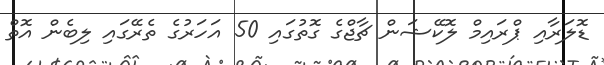
ޑޮލަރާއި ޕްރައިމް ލޮކޭޝަން ޗާޖްގެ ގޮތުގައި 50 އަހަރުގެ ތެރޭގައި ލިބެން އޮތް